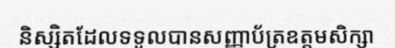
និស្សិតដែលទទួលបានសញ្ញាប័ត្រឧត្តមសិក្សា